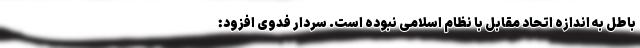
باطل به اندازه اتحاد مقابل با نظام اسلامی نبوده است. سردار فدوی افزود: